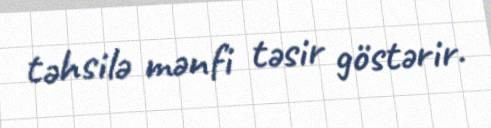
təhsilə mənfi təsir göstərir.